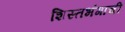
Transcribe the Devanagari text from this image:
शिस्तभंगाची